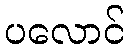
ပလောင်